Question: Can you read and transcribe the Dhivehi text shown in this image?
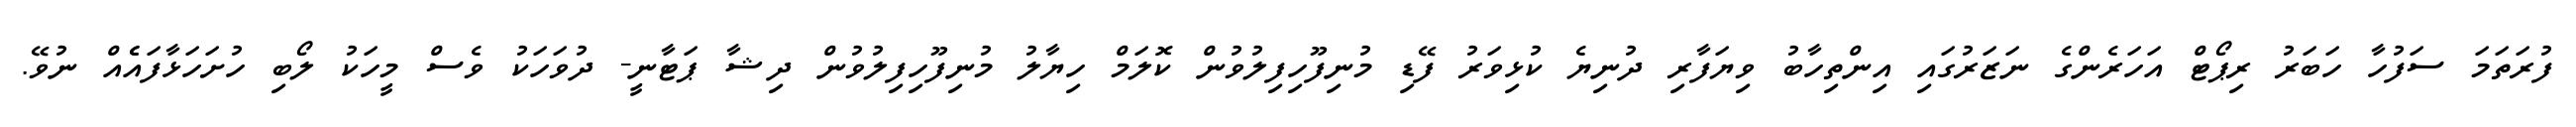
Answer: ފުރަތަމަ ސަފުހާ ހަބަރު ރިޕޯޓް އަހަރެންގެ ނަޒަރުގައި އިންތިހާބު ވިޔަފާރި ދުނިޔެ ކުޅިވަރު ފޭޑި މުނިފޫހިފިލުވުން ކޮލަމް ހިޔާލު މުނިފޫހިފިލުވުން ދިޝާ ޕަޓާނީ- ދުވަހަކު ވެސް މީހަކު ލޯބި ހުށަހަޅާފައެެއް ނުވޭ.